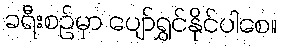
ခရီးစဉ်မှာ ပျော်ရွှင်နိုင်ပါစေ။